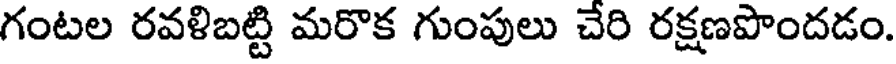
గంటల రవళిబట్టి మరొక గుంపులు చేరి రక్షణపొందడం.